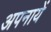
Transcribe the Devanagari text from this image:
अपनायें